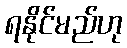
ရနိုင်မည်ဟု